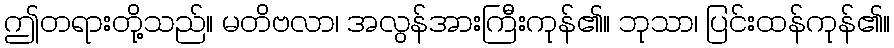
ဤတရားတို့သည်။ မတိဗလာ၊ အလွန်အားကြီးကုန်၏။ ဘုသာ၊ ပြင်းထန်ကုန်၏။